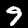
Label: 9